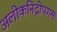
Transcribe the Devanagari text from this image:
अलीकनिद्रोपगमः